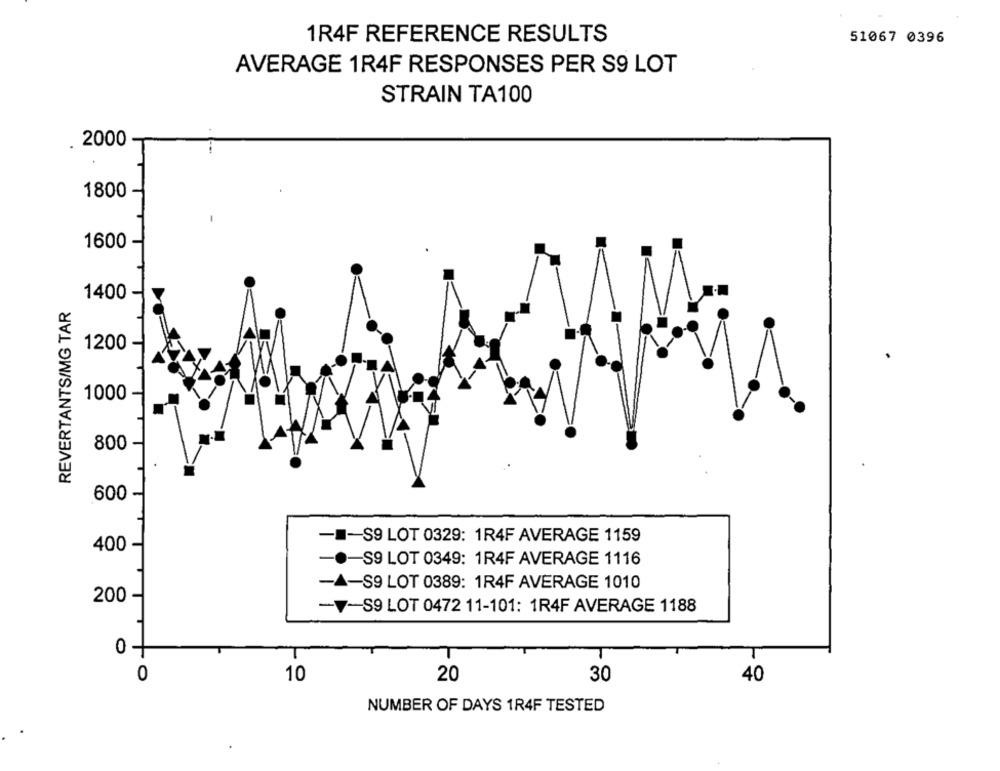
1R4F REFERENCE RESULTS
51067 0396
AVERAGE 1R4F RESPONSES PER S9 LOT
STRAIN TA100
2000
1800
1600
1400
REVERTANTS/MG TAR
1200
1000
800
600
-1
-S9 LOT 0329: 1R4F AVERAGE 1159
400
-S9 LOT 0349: 1R4F AVERAGE 1116
-S9 LOT 0389: 1R4F AVERAGE 1010
200
-S9 LOT 0472 11-101: 1R4F AVERAGE 1188
0 +
0
10
20
30
40
NUMBER OF DAYS 1R4F TESTED